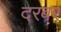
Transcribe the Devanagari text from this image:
दरबर